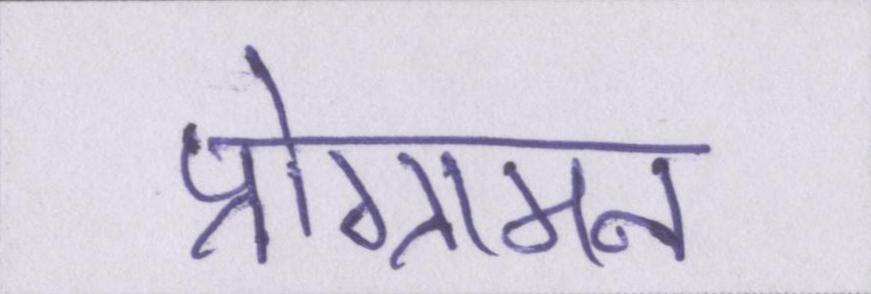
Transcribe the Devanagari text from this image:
प्रोग्रामन